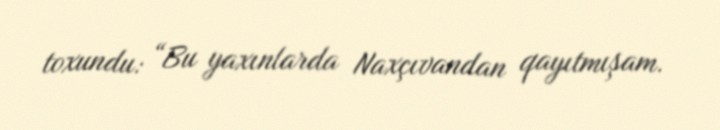
toxundu: “Bu yaxınlarda Naxçıvandan qayıtmışam.